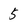
Character: 5